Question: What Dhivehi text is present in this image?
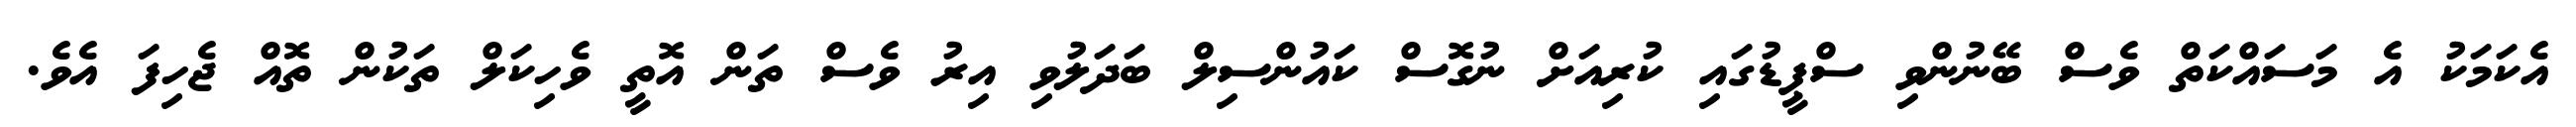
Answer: އެކަމަކު އެ މަސައްކަތް ވެސް ބޭނުންވި ސްޕީޑުގައި ކުރިއަށް ނުގޮސް ކައުންސިލް ބަދަލުވި އިރު ވެސް ތަން އޮތީ ވެހިކަލް ތަކުން ތޮއް ޖެހިފަ އެވެ.